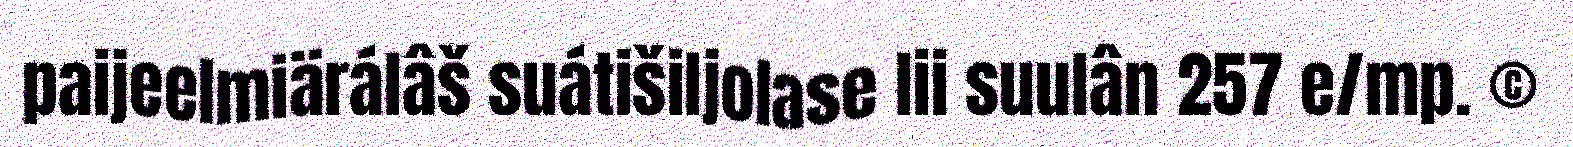
paijeelmiärálâš suátišiljolase lii suulân 257 e/mp. ©